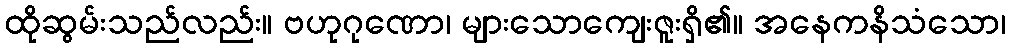
ထိုဆွမ်းသည်လည်း။ ဗဟုဂုဏော၊ များသောကျေးဇူးရှိ၏။ အနေကနိသံသော၊